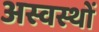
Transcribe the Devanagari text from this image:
अस्वस्थों